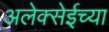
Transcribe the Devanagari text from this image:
अलेक्सेईच्या